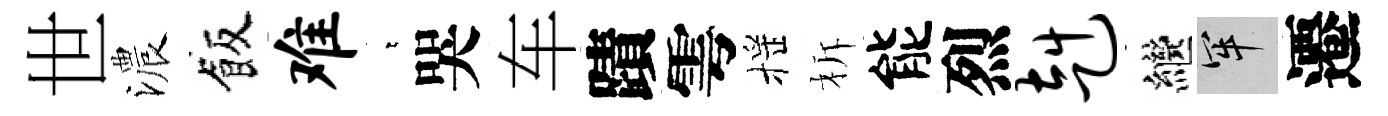
世濃飯难萋哭车蹟雩摇柝能烈赳繼牢遷